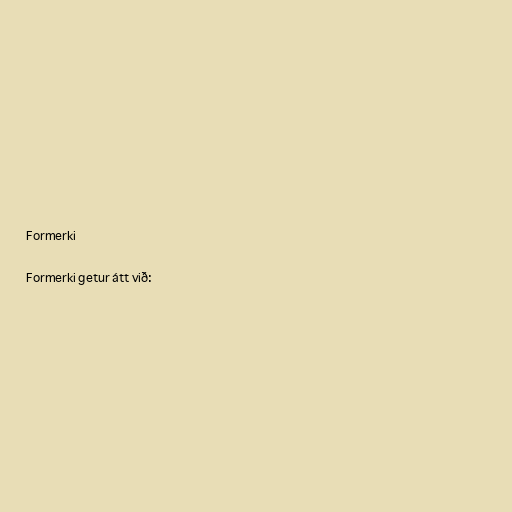
Formerki

Formerki getur átt við: